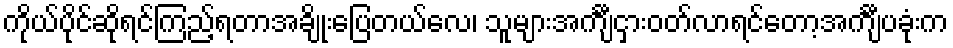
ကိုယ်ပိုင်ဆိုရင်ကြည့်ရတာအချိုးပြေတယ်လေ၊ သူများအင်္ကျီငှားဝတ်လာရင်တော့အင်္ကျီပခုံးက